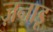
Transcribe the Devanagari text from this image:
ज़नाडू